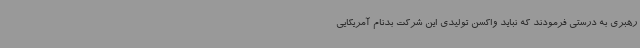
رهبری به درستی فرمودند که نباید واکسن تولیدی این شرکت بدنام آمریکایی